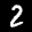
Digit: 2